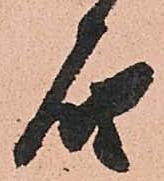
届